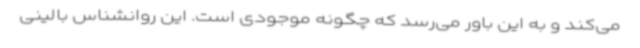
می‌کند و به این باور می‌رسد که چگونه موجودی است. این روانشناس بالینی